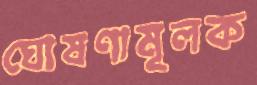
ঘোষণামূলক